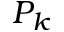
P _ { k }